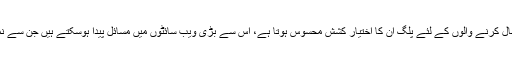
اگرچہ بجٹ کے استعمال کرنے والوں کے لئے پلگ ان کا اختیار کشش محسوس ہوتا ہے، اس سے بڑی ویب سائٹوں میں مسائل پیدا ہوسکتے ہیں جن سے نمٹنا مشکل ہوسکتا ہے۔